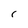
Character: r